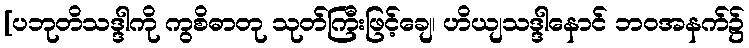
[ပဘုတိသဒ္ဒါကို ကွစိဓာတု သုတ်ကြီးဖြင့်ချေ၊ ဟိယျသဒ္ဒါနောင် ဘဝအနက်၌